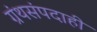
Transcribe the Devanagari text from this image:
ग्रंथसंपदाही